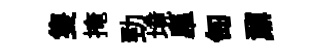
隻掩勁境臯匋鼐